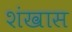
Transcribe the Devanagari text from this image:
शंखास